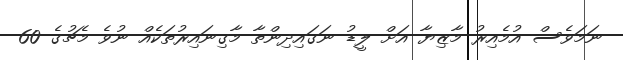
ނަމަވެސް އުމެއިރު މާޒިޔާ އަށް ލީޑު ނަގައިދިންތާ މާގިނައިރުތަކެއް ނުވެ މެޗުގެ 60